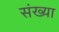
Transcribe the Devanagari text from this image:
संख्या